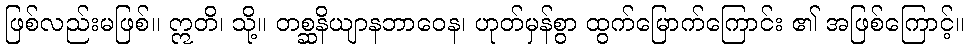
ဖြစ်လည်းမဖြစ်။ ဣတိ၊ သို့။ တစ္ဆနိယျာနဘာဝေန၊ ဟုတ်မှန်စွာ ထွက်မြောက်ကြောင်း ၏ အဖြစ်ကြောင့်။